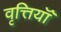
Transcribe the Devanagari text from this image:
वृत्तियॉँ